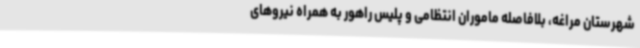
شهرستان مراغه، بلافاصله ماموران انتظامی و پلیس راهور به همراه نیروهای